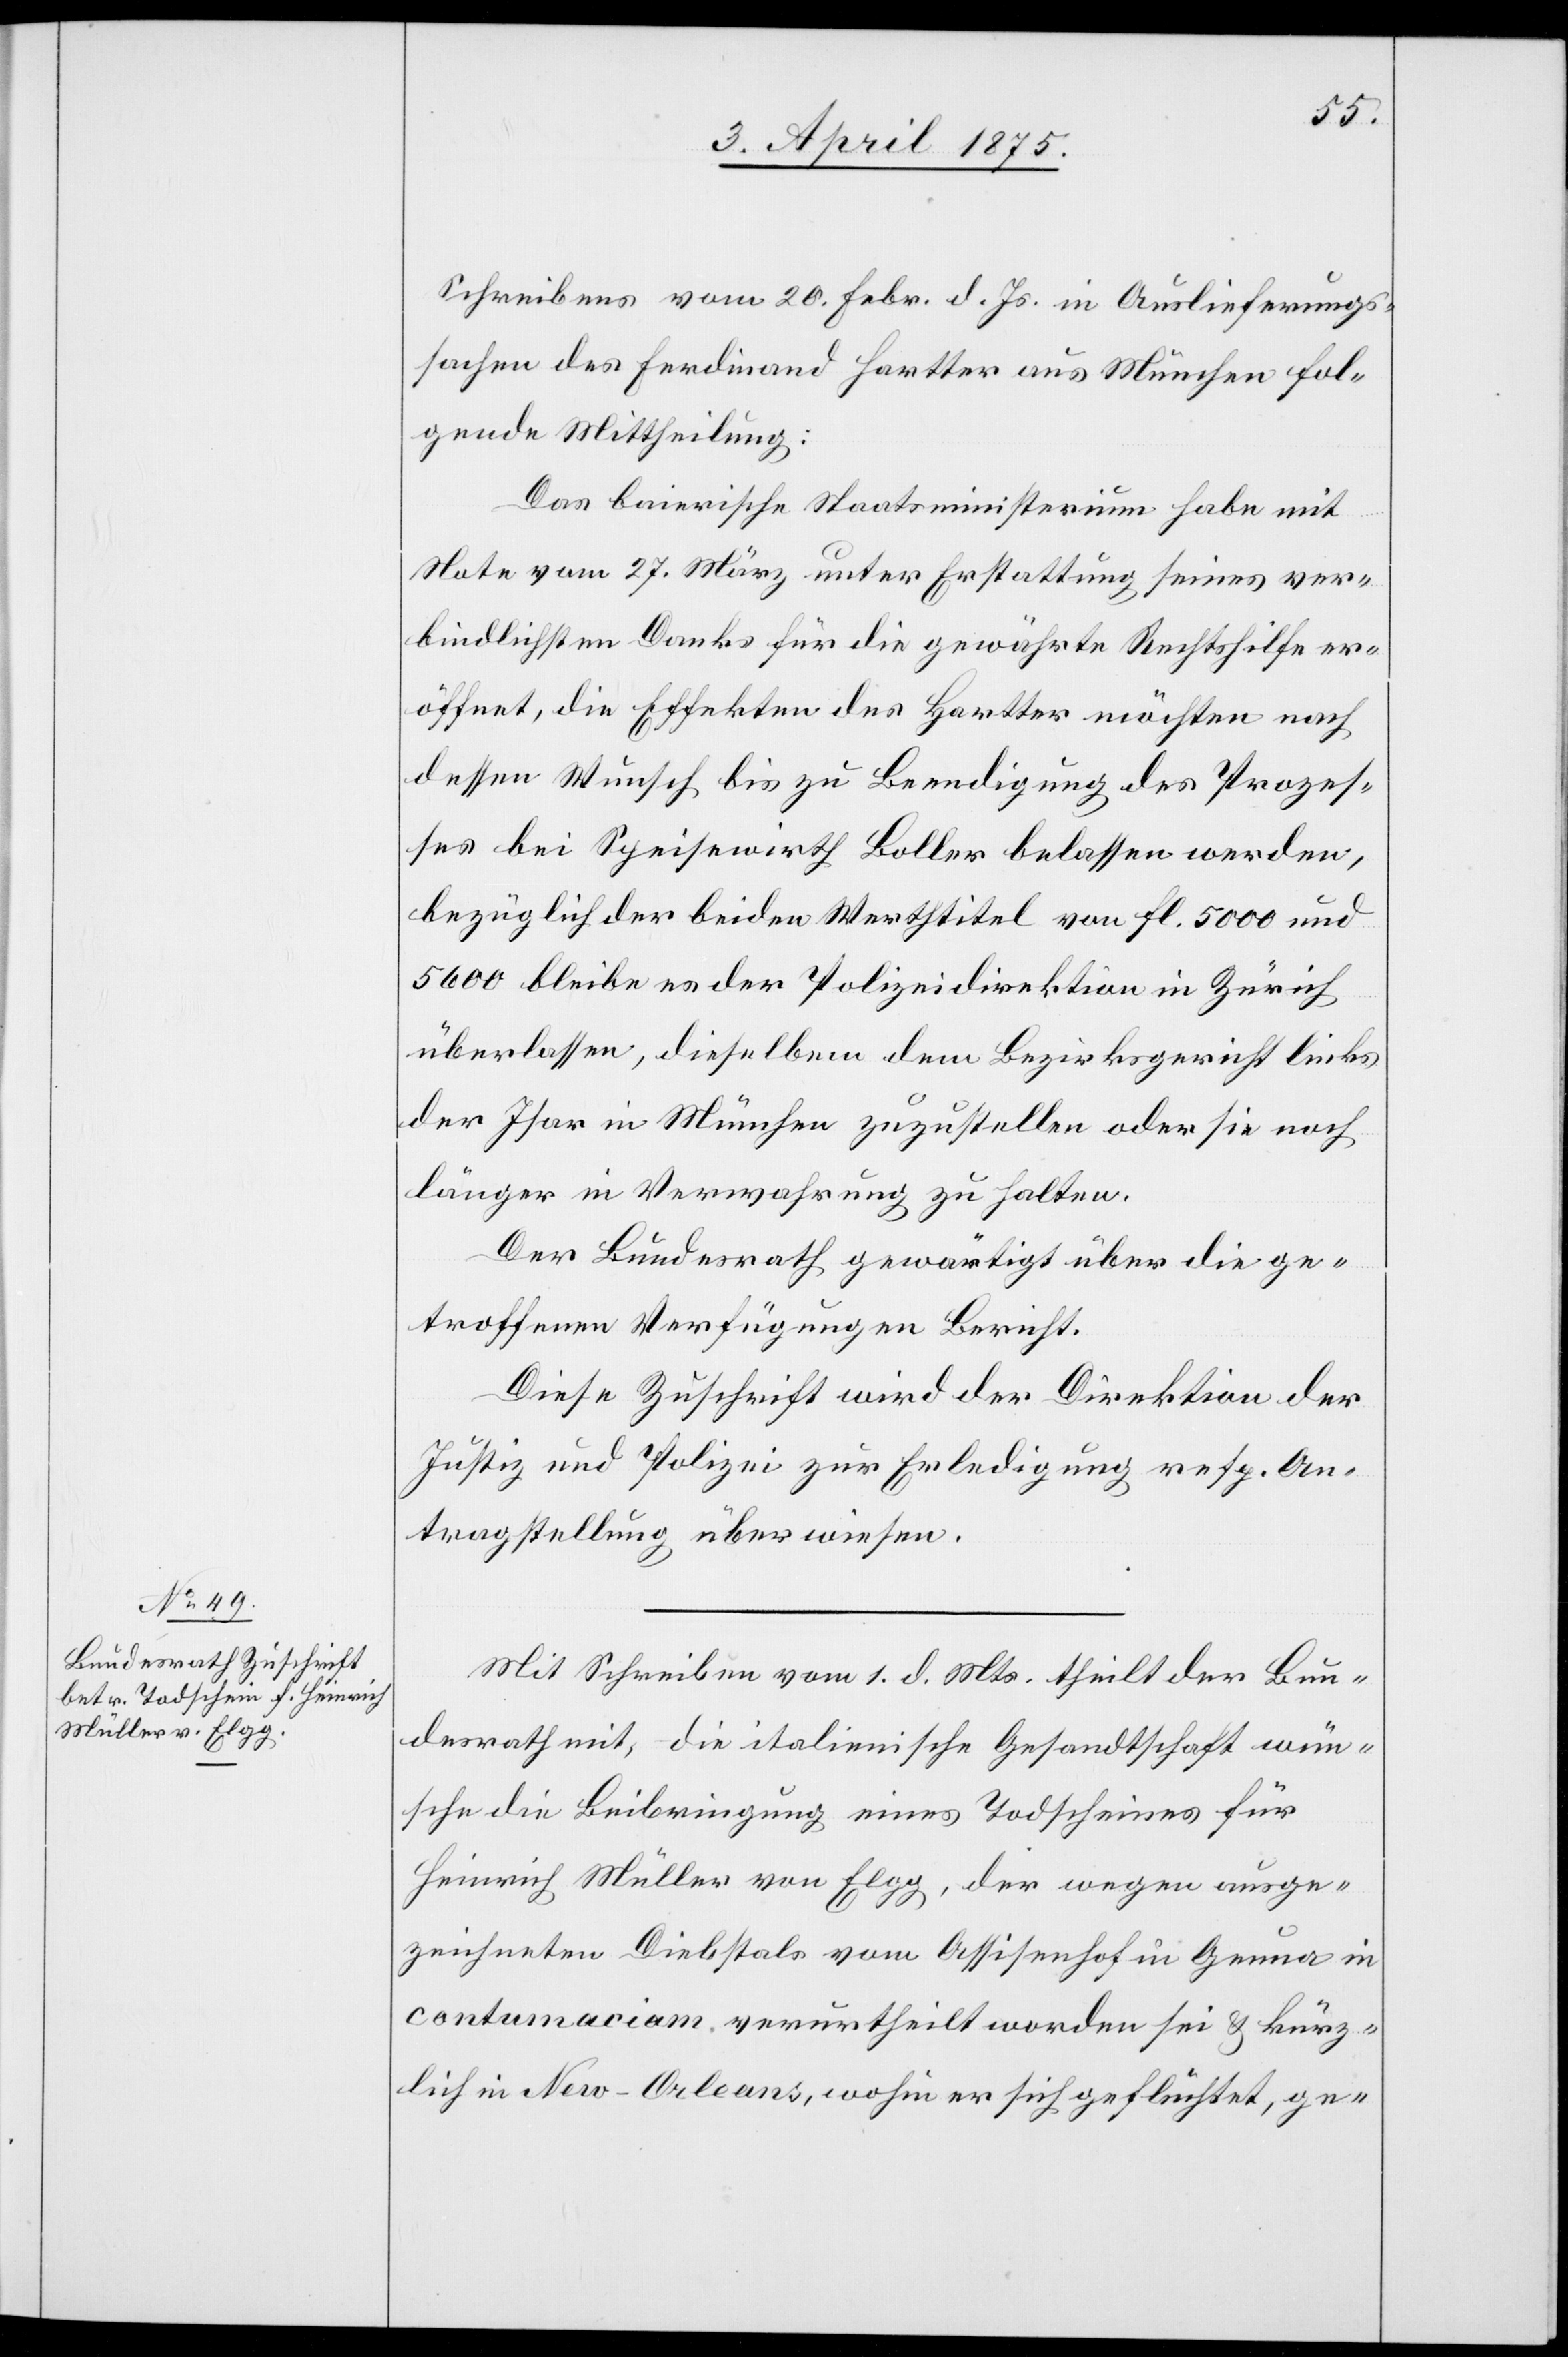
5. April 1875.]
Schreibens vom 20. Febr. d. Js in Auslieferungs¬
sachen des Ferdinand Hartter aus München fol¬
gende Mittheilung:
Das bairische Staatsministerium habe mit
Note vom 27. März unter Erstattung seines ver¬
bildlichten Danks für die gewährte Rechtshilfe er¬
öffnet, die Effekten des Hartter möchten nach
dessen Wunsch bis zu Beendigung des Prozes¬
ses bei Speisewirth Boller belassen werden,
bezüglich der beiden Werthtitel von Fl. 5000 und
5600 bleibe es der Polizeidirektion in Zürich
überlassen, dieselben dem Bezirksgericht links
der Isar in München zuzustellen oder sie noch
länger in Verwahrung zu halten.
Der Bundesrath gewärtigt über die ge¬
troffenen Verfügungen Bericht.
Diese Zuschrift wird der Direktion der
Justiz und Polizei zur Erledigung resp. An¬
tragstellung überwiesen.
Mit Schreiben vom 1. d. Mts. theilt der Bun¬
desrath mit, die italienische Gesandtschaft wün¬
sche die Beibringung eines Todscheines für
Heinrich Müller von Elgg, der wegen ausge¬
zeichneten Diebstals vom Assisenhof in Genua in
contumaciam verurtheilt worden sei & kürz¬
lich in New-Orleans, wohin er sich geflüchtet, ge-